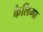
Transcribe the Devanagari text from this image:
कैलिमा